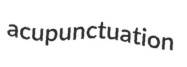
acupunctuation